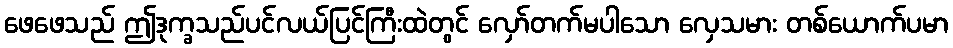
ဖေဖေသည် ဤဒုက္ခသည်ပင်လယ်ပြင်ကြီးထဲတွင် လှော်တက်မပါသော လှေသမား တစ်ယောက်ပမာ